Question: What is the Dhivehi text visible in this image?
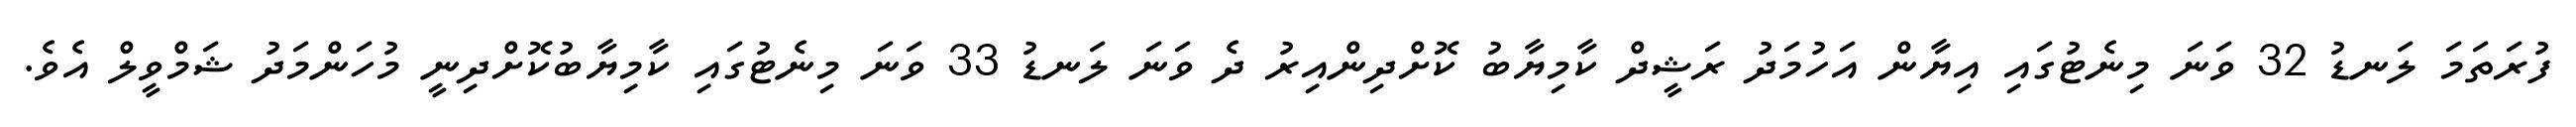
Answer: ފުރަތަމަ ލަނޑު 32 ވަނަ މިނެޓުގައި އިޔާން އަހުމަދު ރަޝީދް ކާމިޔާބު ކޮށްދިންއިރު ދެ ވަނަ ލަނޑު 33 ވަނަ މިނެޓުގައި ކާމިޔާބުކޮށްދިނީ މުހަންމަދު ޝަމްވީލް އެވެ.